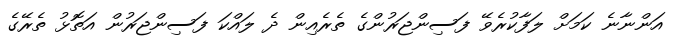
އަންނާނެ ކަމަށް ލަފާކުރެވޭ ފަސިންޖަރުންގެ ތެރެއިން ދެ ލައްކަ ފަސިންޖަރުން އަތޮޅު ތެރޭގެ